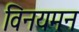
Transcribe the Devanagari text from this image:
विनयमन